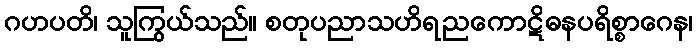
ဂဟပတိ၊ သူကြွယ်သည်။ စတုပညာသဟိရညကောဋိဓနပရိစ္စာဂေန၊